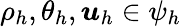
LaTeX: \rho_{h},\theta_{h},\boldsymbol{u}_{h}\in\psi_{h}